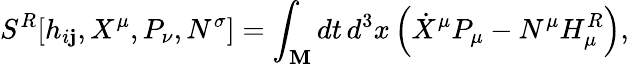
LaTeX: {}S^{R}[h_{i\mathbf{j}},X^{\mu},P_{\nu},N^{\sigma}]=\int_{\cal\mathbf{M}}dt\, d^{3}x\left(\dot{{X}}^{\mu}P_{\mu}-N^{\mu}H_{\mu}^{R}\right),